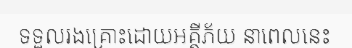
ទទួលរងគ្រោះដោយអគ្គីភ័យ នាពេលនេះ